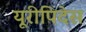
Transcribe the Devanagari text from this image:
यूरीपिदेस